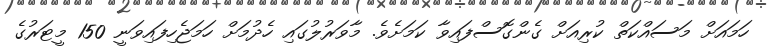
ހަމައަށް މަސައްކަތް ކުރިއަށް ގެންގޮސްފައިވާ ކަމަށެވެ. މާވަރުލުގައި ހެދުމަށް ހަމަޖެހިފައިވަނީ 150 މީޓަރުގެ